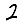
Digit: 2